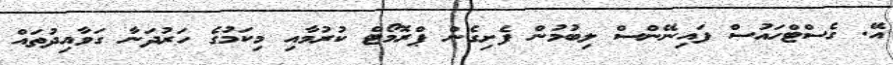
އޭ. ގެސްޓްހައުސް ފައިނޭންސް ލިބުމުން ފެށިގެން ޕްރޮމޯޓް ކުރުމާއި މިކަމުގެ ހަރުދަނާ ގަވާއިދުތައް